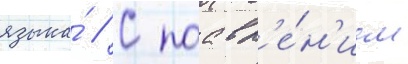
языка́ // С поавл'е́н'ием